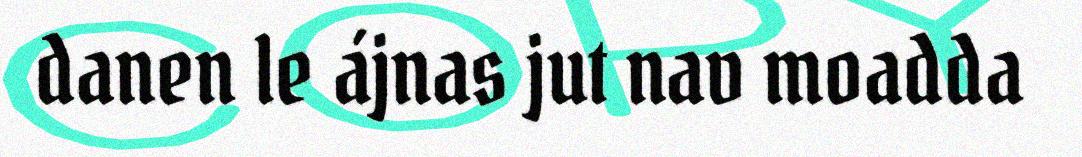
danen le ájnas jut nav moadda